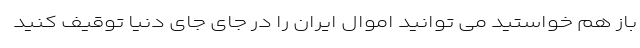
باز هم خواستید می توانید اموال ایران را در جای جای دنیا توقیف کنید